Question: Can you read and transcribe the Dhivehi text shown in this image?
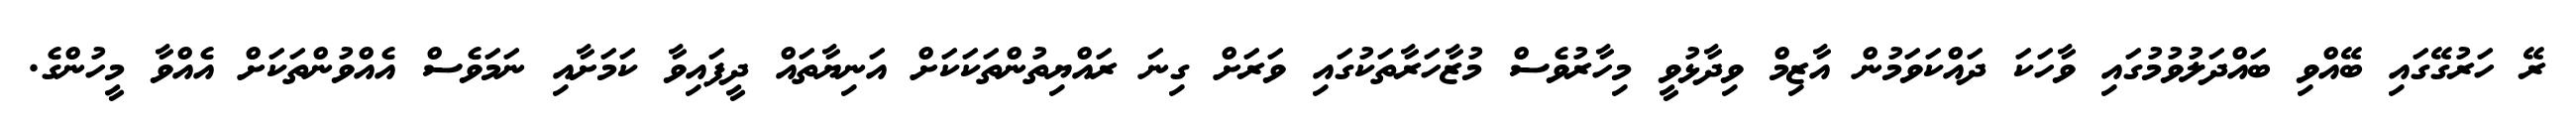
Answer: ރޭ ހަރުގޭގައި ބޭއްވި ބައްދަލުވުމުގައި ވާހަކަ ދައްކަވަމުން އާޒިމް ވިދާޅުވީ މިހާރުވެސް މުޒާހަރާތަކުގައި ވަރަށް ގިނަ ރައްޔިތުންތަކަކަށް އަނިޔާތައް ދީފައިވާ ކަމަށާއި ނަމަވެސް އެއްވުންތަކަށް އެއްވާ މީހުންގެ.